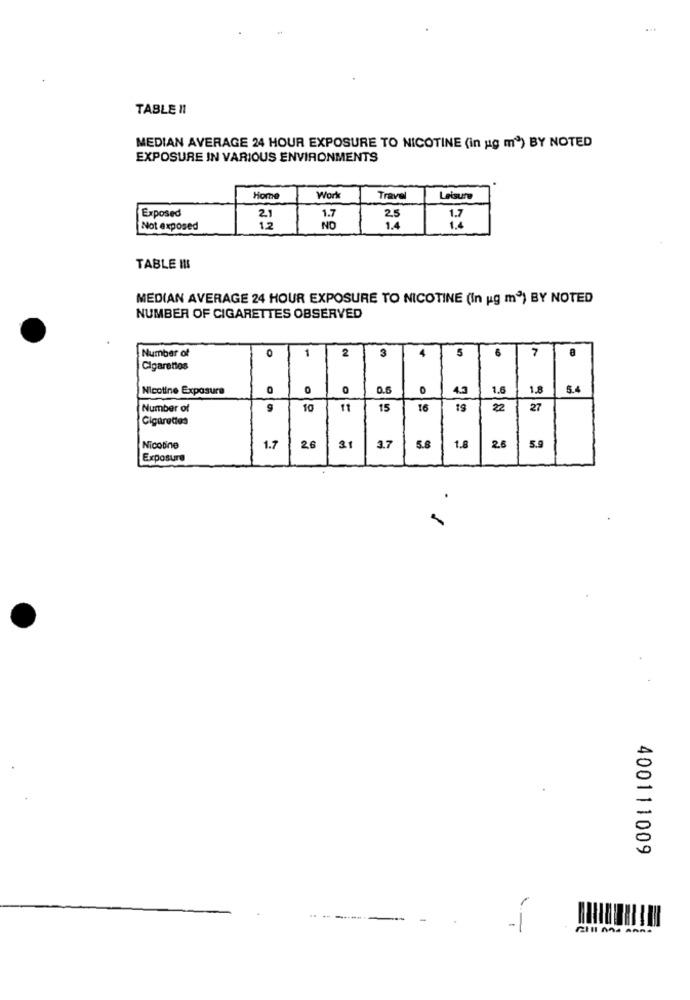
TABLE 11
MEDIAN AVERAGE 24 HOUR EXPOSURE TO NICOTINE (in ug m") BY NOTED
EXPOSURE IN VARIOUS ENVIRONMENTS
Home
Work
Travel
Leisure
Exposed
21
1.7
2,5
Not exposed
12
NO
1.4
TABLE INI
MEDIAN AVERAGE 24 HOUR EXPOSURE TO NICOTINE (In ug m3) BY NOTED
NUMBER OF CIGARETTES OBSERVED
0
1
3
4
5
6
7
Number of
2
Cigarettos
Nicotine Exposure
0
0
0
0.6
1.6
1.8
5.4
Number of
9
10
11
15
22
27
Cigarettes
Nicotine
1.7
26
31
3.7
5.8
1.8
28
5.9
Exposure
400111009